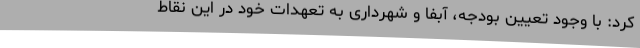
کرد: با وجود تعیین بودجه، آبفا و شهرداری به تعهدات خود در این نقاط